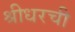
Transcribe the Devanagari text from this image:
श्रीधरची